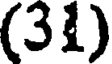
(31)